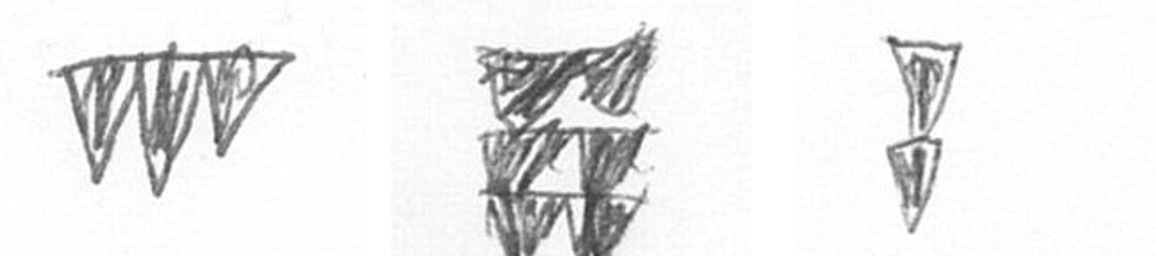
L Y Z